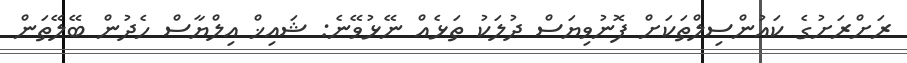
ރަށްރަށުގެ ކައުންސިލްތަކަށް ފޮނުވިޔަސް ދުލަކު ތަޅެއް ނޭޅުވޭނެ: ޝައިޚް އިލްޔާސް ހެދުން ބޭލޭތަން